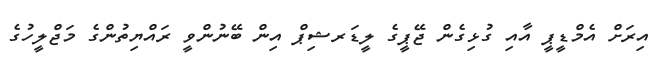
އިރަށް އެމްޑީޕީ އާއި ގުޅިގެން ޖޭޕީގެ ލީޑަރޝިޕް އިން ބޭނުންވީ ރައްޔިތުންގެ މަޖްލީހުގެ